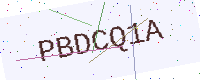
Text: PBDCQ1A